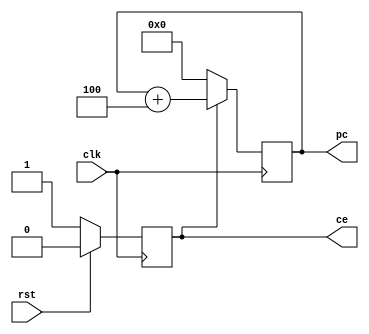
`timescale 1ns / 1ps

module pc(
    input wire clk,
    input wire rst,
    output reg[31:0] pc,
    output reg ce
    );  
    always@(posedge clk)begin
        if(rst==1)begin
            ce<=0;
        end else begin
            ce<=1;
        end
    end
    
    always@(posedge clk)begin
        if(ce==0)begin
            pc<=32'h0;
        end else begin
            pc<=pc+32'd4;
        end
    end
endmodule